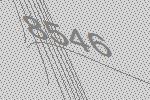
8546